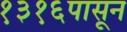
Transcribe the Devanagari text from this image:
१३१६पासून